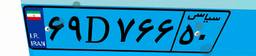
۱۷D۰۷۳۳۶